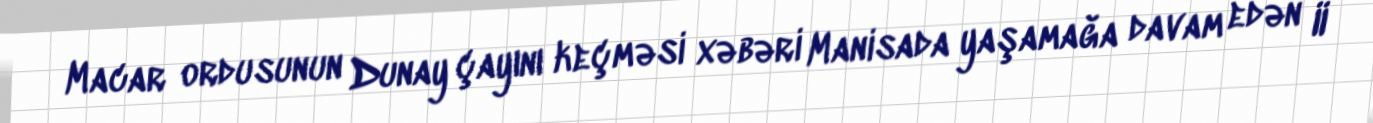
Macar ordusunun Dunay çayını keçməsi xəbəri Manisada yaşamağa davam edən II